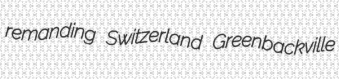
remanding Switzerland Greenbackville